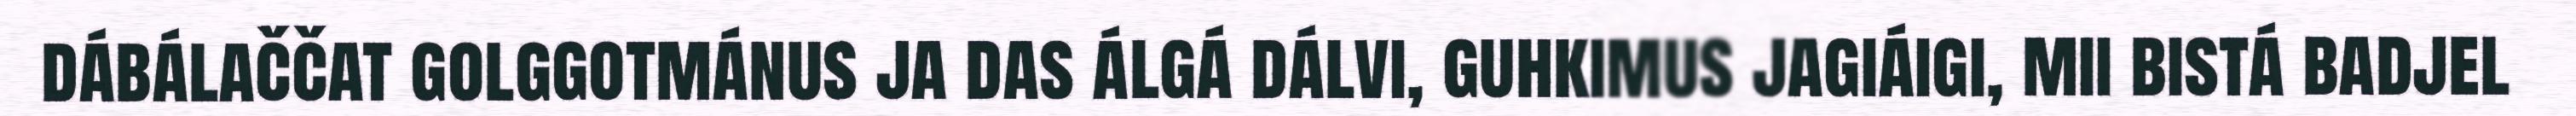
dábálaččat golggotmánus ja das álgá dálvi, guhkimus jagiáigi, mii bistá badjel